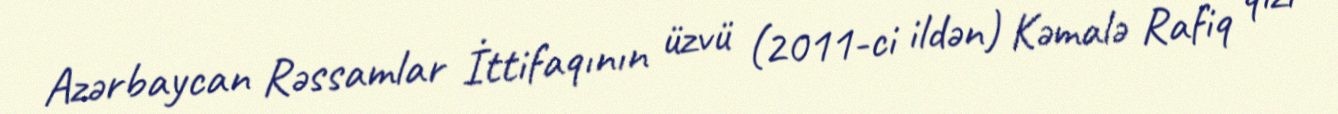
Azərbaycan Rəssamlar İttifaqının üzvü (2011-ci ildən) Kəmalə Rafiq qızı